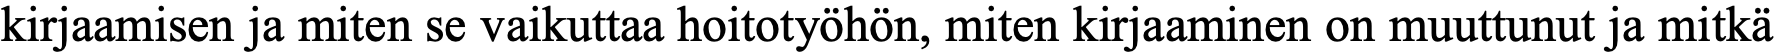
kirjaamisen ja miten se vaikuttaa hoitotyöhön, miten kirjaaminen on muuttunut ja mitkä